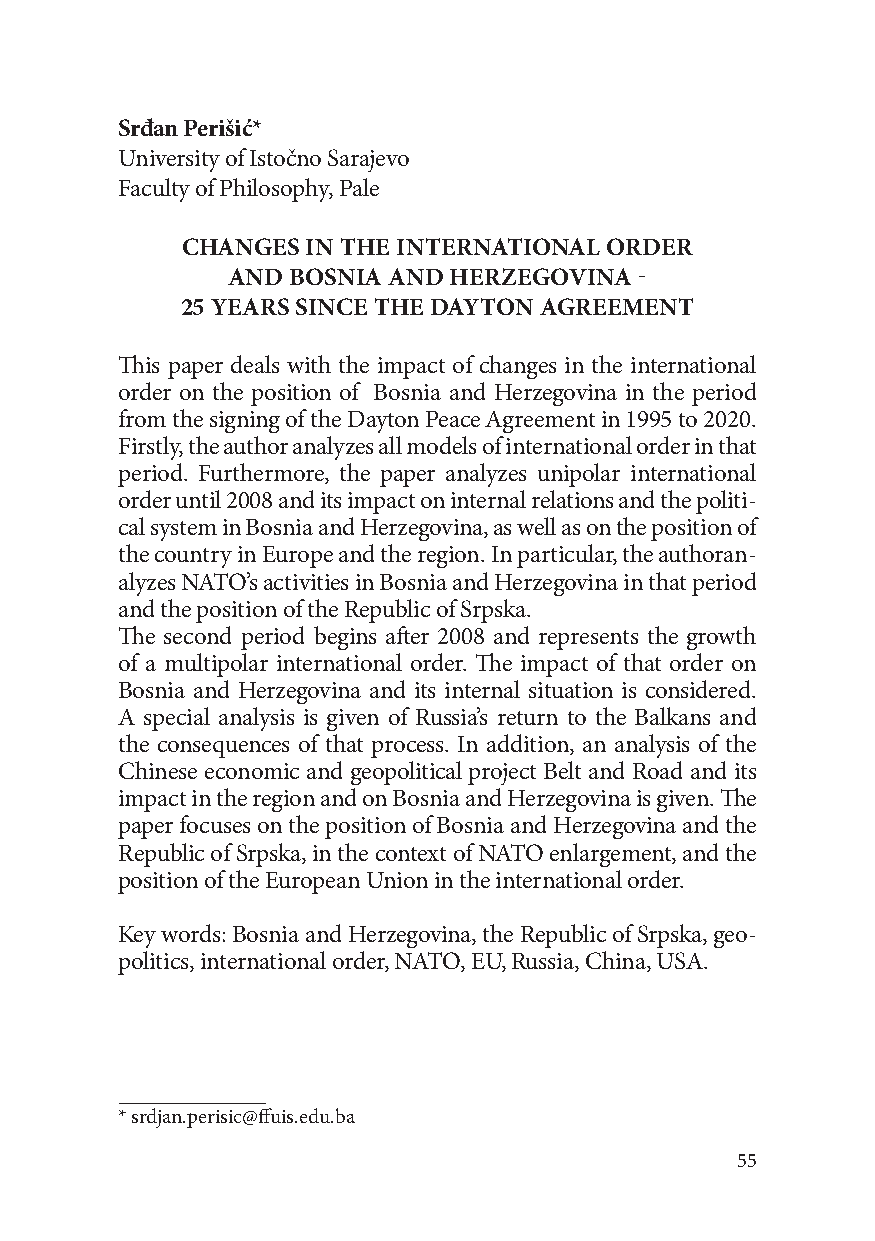
Srđan Perišić*
 University of Istočno Sarajevo
 Faculty of Philosophy, Pale
 CHANGES IN THE INTERNATIONAL ORDER
 AND BOSNIA AND HERZEGOVINA -
 25 YEARS SINCE THE DAYTON AGREEMENT
 This paper deals with the impact of changes in the international
 order on the position of Bosnia and Herzegovina in the period
 from the signing of the Dayton Peace Agreement in 1995 to 2020.
 Firstly, the author analyzes all models of international order in that
 period. Furthermore, the paper analyzes unipolar international
 order until 2008 and its impact on internal relations and the politi-
 cal system in Bosnia and Herzegovina, as well as on the position of
 the country in Europe and the region. In particular, the authoran-
 alyzes NATO’s activities in Bosnia and Herzegovina in that period
 and the position of the Republic of Srpska.
 The second period begins after 2008 and represents the growth
 of a multipolar international order. The impact of that order on
 Bosnia and Herzegovina and its internal situation is considered.
 A special analysis is given of Russia’s return to the Balkans and
 the consequences of that process. In addition, an analysis of the
 Chinese economic and geopolitical project Belt and Road and its
 impact in the region and on Bosnia and Herzegovina is given. The
 paper focuses on the position of Bosnia and Herzegovina and the
 Republic of Srpska, in the context of NATO enlargement, and the
 position of the European Union in the international order.
 Key words: Bosnia and Herzegovina, the Republic of Srpska, geo-
 politics, international order, NATO, EU, Russia, China, USA.
 * srdjan.perisic@ffuis.edu.ba
 55